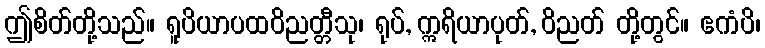
ဤစိတ်တို့သည်။ ရူပိယာပထဝိညတ္တီသု၊ ရုပ်, ဣရိယာပုတ်, ဝိညတ် တို့တွင်။ ဧကံပိ၊